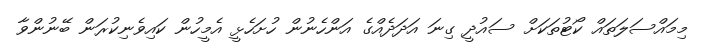
މިމައްސަލަތައް ކޯޓުތަކަށް ސައުދީ ގިނަ އަދަދެއްގެ އަންހެނުން ހުށަހެޅީ އެމީހުން ކައިވެނިކުރަން ބޭނުންވާ